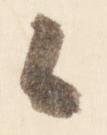
候